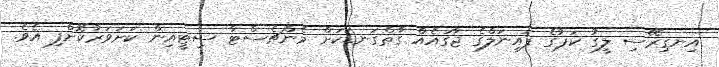
އިނގިރޭސި ލީގު ކަޕުގެ ފައިނަލްގެ ޖާގައެއް ގާތްގަނޑަކަށް މެންޗެސްޓާ ސިޓީއިން ކަށަވަރުކޮށްފި އެވެ.